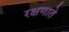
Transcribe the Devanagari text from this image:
रक्षणाते